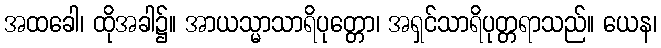
အထခေါ၊ ထိုအခါ၌။ အာယသ္မာသာရိပုတ္တော၊ အရှင်သာရိပုတ္တရာသည်။ ယေန၊